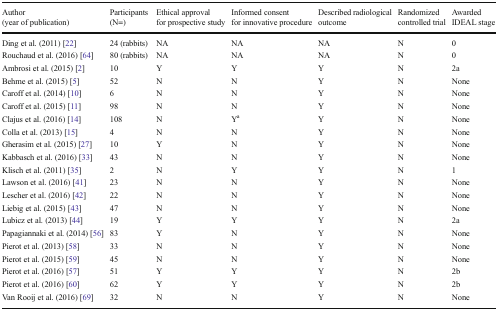
<table><thead><tr><td><b>Author (year of publication)</b></td><td><b>Participants (N=)</b></td><td><b>Ethical approval for prospective study</b></td><td><b>Informed consent for innovative procedure</b></td><td><b>Described radiological outcome</b></td><td><b>Randomized controlled trial</b></td><td><b>Awarded IDEAL stage</b></td></tr></thead><tbody><tr><td>Ding et al. (2011) [22]</td><td>24 (rabbits)</td><td>NA</td><td>NA</td><td>NA</td><td>N</td><td>0</td></tr><tr><td>Rouchaud et al. (2016) [64]</td><td>80 (rabbits)</td><td>NA</td><td>NA</td><td>NA</td><td>N</td><td>0</td></tr><tr><td>Ambrosi et al. (2015) [2]</td><td>10</td><td>Y</td><td>Y</td><td>Y</td><td>N</td><td>2a</td></tr><tr><td>Behme et al. (2015) [5]</td><td>52</td><td>N</td><td>N</td><td>Y</td><td>N</td><td>None</td></tr><tr><td>Caroff et al. (2014) [10]</td><td>6</td><td>N</td><td>N</td><td>Y</td><td>N</td><td>None</td></tr><tr><td>Caroff et al. (2015) [11]</td><td>98</td><td>N</td><td>N</td><td>Y</td><td>N</td><td>None</td></tr><tr><td>Clajus et al. (2016) [14]</td><td>108</td><td>N</td><td>Y<sup>a</sup></td><td>Y</td><td>N</td><td>None</td></tr><tr><td>Colla et al. (2013) [15]</td><td>4</td><td>N</td><td>N</td><td>Y</td><td>N</td><td>None</td></tr><tr><td>Gherasim et al. (2015) [27]</td><td>10</td><td>Y</td><td>N</td><td>Y</td><td>N</td><td>None</td></tr><tr><td>Kabbasch et al. (2016) [33]</td><td>43</td><td>N</td><td>N</td><td>Y</td><td>N</td><td>None</td></tr><tr><td>Klisch et al. (2011) [35]</td><td>2</td><td>N</td><td>Y</td><td>Y</td><td>N</td><td>1</td></tr><tr><td>Lawson et al. (2016) [41]</td><td>23</td><td>N</td><td>N</td><td>Y</td><td>N</td><td>None</td></tr><tr><td>Lescher et al. (2016) [42]</td><td>22</td><td>N</td><td>N</td><td>Y</td><td>N</td><td>None</td></tr><tr><td>Liebig et al. (2015) [43]</td><td>47</td><td>N</td><td>N</td><td>Y</td><td>N</td><td>None</td></tr><tr><td>Lubicz et al. (2013) [44]</td><td>19</td><td>Y</td><td>Y</td><td>Y</td><td>N</td><td>2a</td></tr><tr><td>Papagiannaki et al. (2014) [56]</td><td>83</td><td>Y</td><td>N</td><td>Y</td><td>N</td><td>None</td></tr><tr><td>Pierot et al. (2013) [58]</td><td>33</td><td>N</td><td>N</td><td>Y</td><td>N</td><td>None</td></tr><tr><td>Pierot et al. (2015) [59]</td><td>45</td><td>N</td><td>N</td><td>Y</td><td>N</td><td>None</td></tr><tr><td>Pierot et al. (2016) [57]</td><td>51</td><td>Y</td><td>Y</td><td>Y</td><td>N</td><td>2b</td></tr><tr><td>Pierot et al. (2016) [60]</td><td>62</td><td>Y</td><td>Y</td><td>Y</td><td>N</td><td>2b</td></tr><tr><td>Van Rooij et al. (2016) [69]</td><td>32</td><td>N</td><td>N</td><td>Y</td><td>N</td><td>None</td></tr></tbody></table>